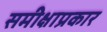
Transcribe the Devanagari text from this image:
समीक्षाप्रकार